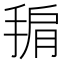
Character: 𭡙